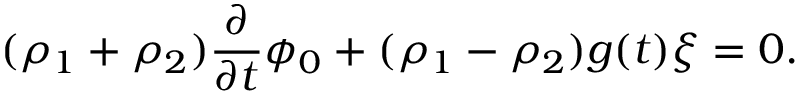
( \rho _ { 1 } + \rho _ { 2 } ) \frac { \partial } { \partial t } \phi _ { 0 } + ( \rho _ { 1 } - \rho _ { 2 } ) g ( t ) \xi = 0 .